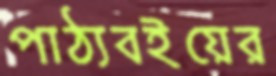
পাঠ্যবইয়ের